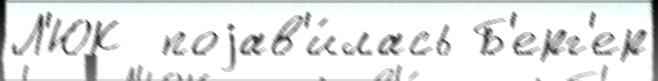
Л'ЮК  поjав'и́лась Б'ерг'ер